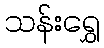
သန်းရွှေ